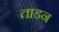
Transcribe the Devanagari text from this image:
ताडन